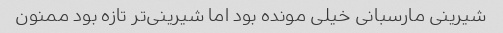
شیرینی مارسبانی خیلی مونده بود اما شیرینی‌تر تازه بود ممنون